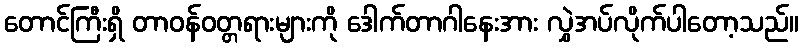
တောင်ကြီးရှိ တာဝန်ဝတ္တရားများကို ဒေါက်တာဂါနေးအား လွှဲအပ်လိုက်ပါတော့သည်။